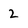
Character: 2